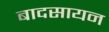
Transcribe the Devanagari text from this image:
बादसायन